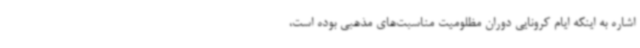
اشاره به اینکه ایام کرونایی دوران مظلومیت مناسبت‌های مذهبی بوده است،